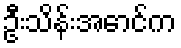
ဦးသိန်းအောင်က